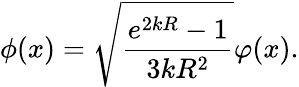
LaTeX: \phi(x)=\sqrt{\frac{e^{2kR}-1}{3kR^{2}}}\varphi(x).